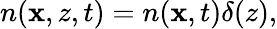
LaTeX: \begin{array}{r}{n(\mathbf{x},z,t)=n(\mathbf{x},t)\delta(z),}\end{array}